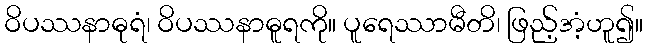
ဝိပဿနာဓုရံ၊ ဝိပဿနာဓူရကို။ ပူရေဿာမီတိ၊ ဖြည့်အံ့ဟူ၍။